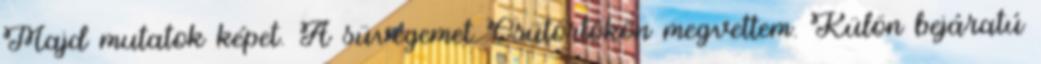
Majd mutatok képet. A süvegemet Csütörtökön megvettem. Külön bejáratú